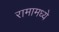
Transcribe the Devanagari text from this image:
रामामध्ये